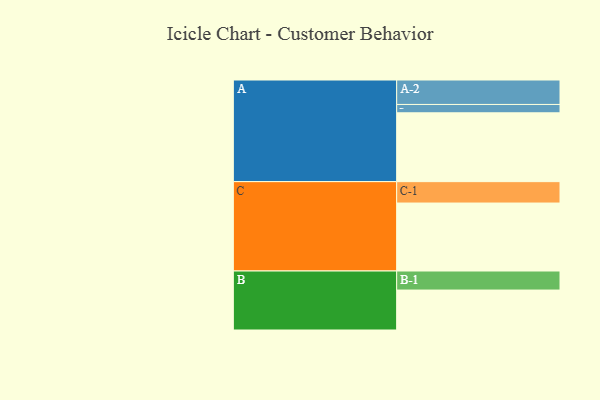
{"axis": {"x": "Segment", "y": "Value"}, "legend": ["", "A", "B", "C"], "data": [{"x": "A", "y": 560, "type": ""}, {"x": "B", "y": 325, "type": ""}, {"x": "C", "y": 553, "type": ""}, {"x": "A-1", "y": 68, "type": "A"}, {"x": "A-2", "y": 199, "type": "A"}, {"x": "B-1", "y": 155, "type": "B"}, {"x": "C-1", "y": 174, "type": "C"}]}